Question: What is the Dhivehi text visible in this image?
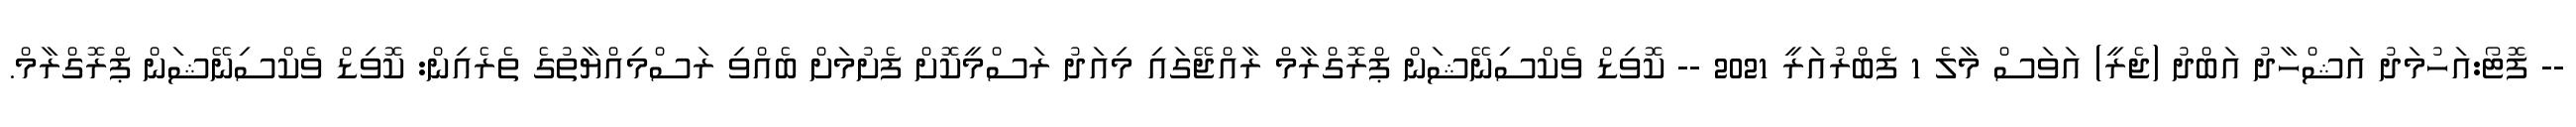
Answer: -- ފޮޓޯ:އަހުމަދު އަޝްހާދު އަބްދު (ޖެރީ) އަވަސް މާލެ 1 ފެބްރުއަރީ 2021 -- ކޮވިޑް ވެކްސިނޭޝަން ޕްރޮގްރާމް ރާއްޖޭގައި މިއަދު ރަސްމީކޮށް ފެށުމަށް ބެއްވި ރަސްމިއްޔާތުގެ ތެރެއިން: ކޮވިޑް ވެކްސިނޭޝަން ޕްރޮގްރާމް.